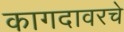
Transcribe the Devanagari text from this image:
कागदावरचे